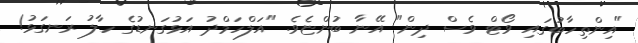
"އިންތިހާބުގައި ވޯޓް ވެސް ދިން" އޭނާ ބުންޏެވެ. "އަލްހަމްދު އަޅުގަނޑުގެ ހާލު ރަނގަޅު!